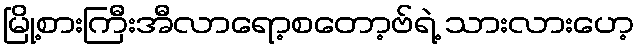
မြို့စားကြီးအီလာရော့စတော့ဗ်ရဲ့ သားလားဟေ့